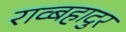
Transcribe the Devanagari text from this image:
राव्बहादुर